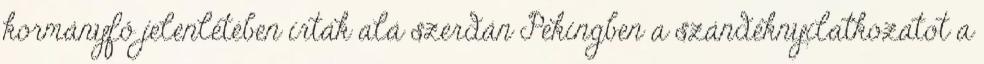
kormányfő jelenlétében írták alá szerdán Pekingben a szándéknyilatkozatot a